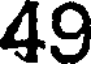
49